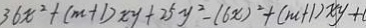
3 6 x ^ { 2 } + ( m + 1 ) x y + 2 5 y ^ { 2 } - ( 6 x ) ^ { 2 } + ( m + 1 ) x y + 1